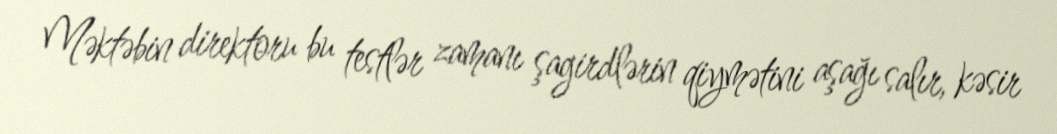
Məktəbin direktoru bu testlər zamanı şagirdlərin qiymətini aşağı salır, kəsir